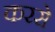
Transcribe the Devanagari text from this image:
करसे